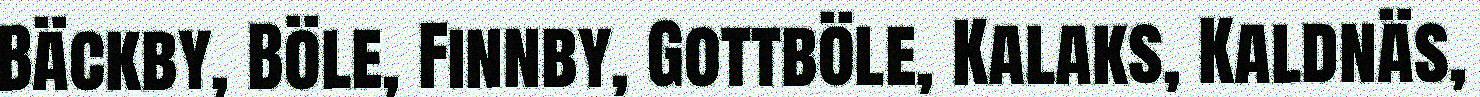
Bäckby, Böle, Finnby, Gottböle, Kalaks, Kaldnäs,